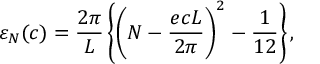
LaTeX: { \varepsilon } _ { N } ( c ) = \frac { 2 \pi } { L } \left\{ \left( N - \frac { e c L } { 2 \pi } \right) ^ { 2 } - \frac { 1 } { 1 2 } \right\} ,